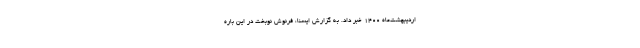
اردیبهشت‌ماه ۱۴۰۰ خبر داد. به گزارش ایسنا، فرنوش نوبخت در این باره